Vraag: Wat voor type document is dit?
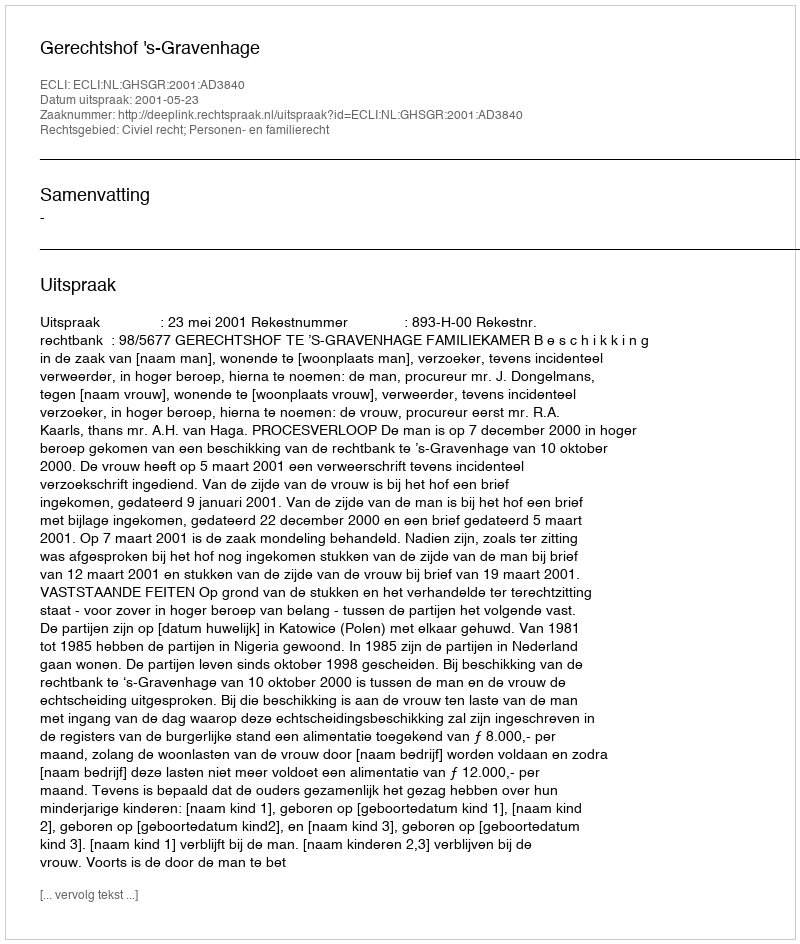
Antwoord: Uitspraak